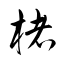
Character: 楮